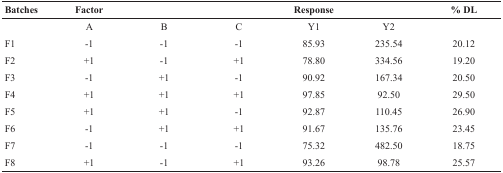
<table><thead><tr><td><b>Batches</b></td><td><b>Factor</b></td><td></td><td></td><td><b>Response</b></td><td></td><td><b>% DL</b></td></tr></thead><tbody><tr><td></td><td>A</td><td>B</td><td>C</td><td>Y1</td><td>Y2</td><td></td></tr><tr><td>F1</td><td>-1</td><td>-1</td><td>-1</td><td>85.93</td><td>235.54</td><td>20.12</td></tr><tr><td>F2</td><td>+1</td><td>-1</td><td>+1</td><td>78.80</td><td>334.56</td><td>19.20</td></tr><tr><td>F3</td><td>-1</td><td>+1</td><td>-1</td><td>90.92</td><td>167.34</td><td>20.50</td></tr><tr><td>F4</td><td>+1</td><td>+1</td><td>+1</td><td>97.85</td><td>92.50</td><td>29.50</td></tr><tr><td>F5</td><td>+1</td><td>+1</td><td>-1</td><td>92.87</td><td>110.45</td><td>26.90</td></tr><tr><td>F6</td><td>-1</td><td>+1</td><td>+1</td><td>91.67</td><td>135.76</td><td>23.45</td></tr><tr><td>F7</td><td>-1</td><td>-1</td><td>-1</td><td>75.32</td><td>482.50</td><td>18.75</td></tr><tr><td>F8</td><td>+1</td><td>-1</td><td>+1</td><td>93.26</td><td>98.78</td><td>25.57</td></tr></tbody></table>